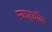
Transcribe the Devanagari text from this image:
स्काइवॉक